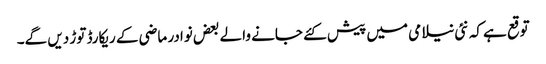
توقع ہے کہ نئی نیلامی میں پیش کئے جانے والے بعض نوادر ماضی کے ریکارڈ توڑ دیں گے۔